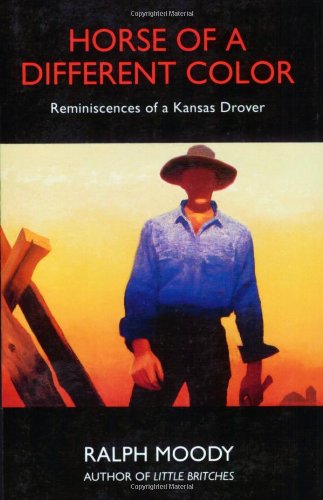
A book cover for Horse of a Different Color: Reminiscences of a Kansas Drover; Ralph Moody; Biographies & Memoirs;